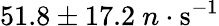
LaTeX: {51.8\pm 17.2~n\cdot\mathrm{s^{-1}}}